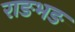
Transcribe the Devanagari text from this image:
राङभङ